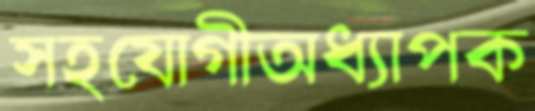
সহযোগীঅধ্যাপক